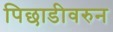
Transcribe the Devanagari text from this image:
पिछाडीवरुन